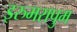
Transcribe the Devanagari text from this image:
इरुमरापुम